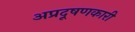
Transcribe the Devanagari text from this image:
अप्रदूषणकारी